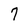
Character: 7